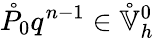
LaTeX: \mathring{P}_{0}q^{n-1}\in\mathring{\mathbb{V}}_{h}^{0}